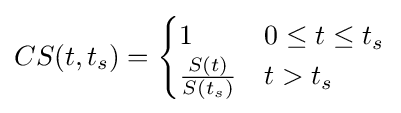
CS(t,t_{s})={\begin{cases}1&0\leq t\leq t_{s}\\{\frac {S(t)}{S(t_{s})}}&t>t_{s}\end{cases}}